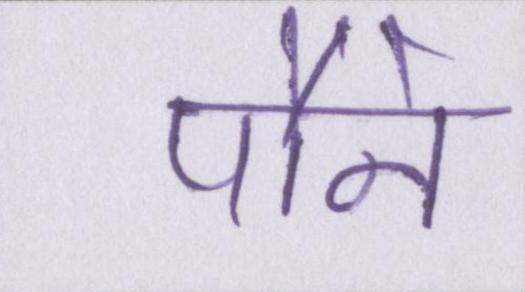
पौने